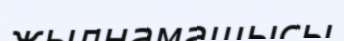
жылнамашысы